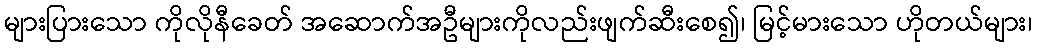
များပြားသော ကိုလိုနီခေတ် အဆောက်အဦများကိုလည်းဖျက်ဆီးစေ၍၊ မြင့်မားသော ဟိုတယ်များ၊